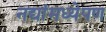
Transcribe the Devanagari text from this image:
नद्यांमध्येपण